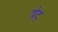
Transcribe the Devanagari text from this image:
ग्रेट्